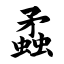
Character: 蟊